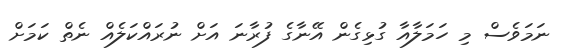
ނަމަވެސް މި ހަމަލާއާ ގުޅިގެން އޭނާގެ ފުރާނަ އަށް ނުރައްކަލެއް ނެތް ކަމަށް